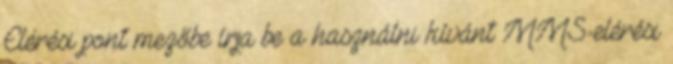
Elérési pont mezőbe írja be a használni kívánt MMS-elérési